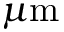
\mu \mathrm { m }